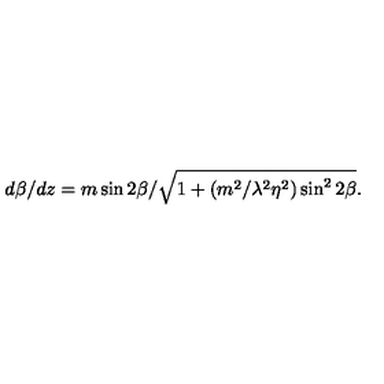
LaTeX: d \beta / d z = { m \sin 2 \beta } / \sqrt { 1 + ( m ^ { 2 } / \lambda ^ { 2 } \eta ^ { 2 } ) \sin ^ { 2 } 2 \beta } .